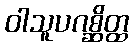
ဝါသူပဂစ္ဆိတ္ထ